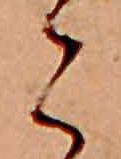
こ